Hæmogregarina gerbilli - Number 18
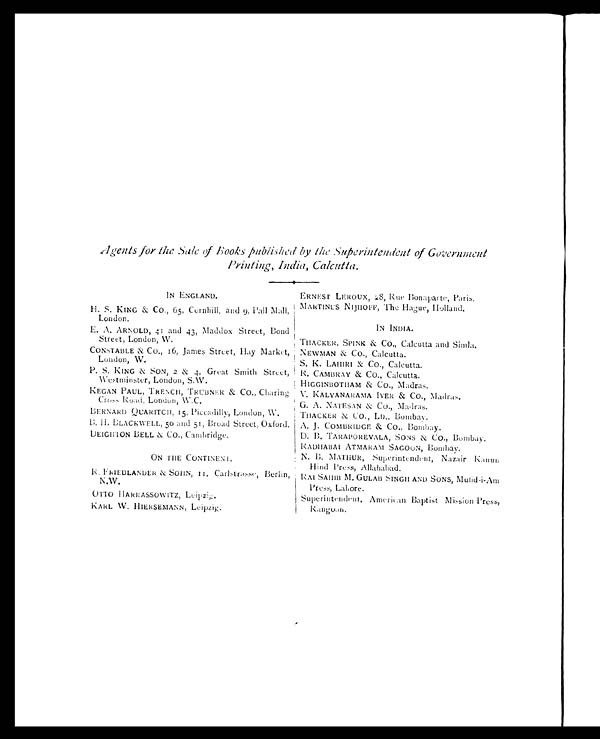
Agents for the Sale of Books published by the Superintendent of Government
Printing, India, Calcutta.
IN ENGLAND.
ERNEST LEROUX, 28, Rue Bonaparte, Paris.
H. S. KING & CO., 65, Cornhill, and 9, Pall Mall,
London.
MARTINUS NIJHOFF, The Hague, Holland.
IN INDIA.
E. A. ARNOLD, 41 and 43, Maddox Street, Bond
Street, London, W.
THACKER, SPINK & CO., Calcutta and Simla.
CONSTABLE & CO., 16, James Street, Hay Market,
London, W.
NEWMAN & CO., Calcutta.
S. K. LAHIRI & CO., Calcutta.
P. S. KING & SON, 2 & 4, Great Smith Street,
Westminster, London, S.W.
R. CAMBRAY & CO., Calcutta.
HIGGINBOTHAM & CO., Madras.
KEGAN PAUL, TRENCH, TRUBNER & CO., Charing
Cross Road, London, W.C.
V. KALYANARAMA IYER & CO., Madras.
G. A. NATESAN & CO., Madras.
BERNARD QUARITCH, 15, Piccadilly, London, W.
THACKER & CO., LD., Bombay.
B. H. BLACKWELL, 50 and 51, Broad Street, Oxford. A. J. COMBRIDGE & CO., Bombay.
DEIGHTON BELL & CO., Cambridge.
D. B. TARAPOREVALA, SONS & CO., Bombay.
RADHABAI ATMARAM SAGOON, Bombay.
ON THE CONTINENT.
N. B. MATHUR, Superintendent, Nazair Kanun
Hind Press, Allahabad.
R. FRIEDLANDER & SOHN, 11, Carlstrasse, Berlin,
N.W.
RAI SAHIB M. GULAB SINGH AND SONS, Mufid-i-Am
Press, Lahore.
OTTO HARRASSOWITZ, Leipzig.
Superintendent, Americ an Baptist Mission Press,
R a n g o o n .
KARL W. HIERSEMANN, Leipzig.